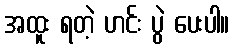
အထူး ရတဲ့ ဟင်း ပွဲ ပေးပါ။